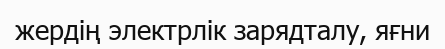
жердің электрлік зарядталу, яғни